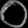
Digit: ၀